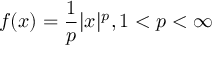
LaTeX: f ( x ) = { \frac { 1 } { p } } | x | ^ { p } , 1 < p < \infty